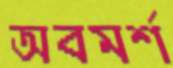
অবমর্শ